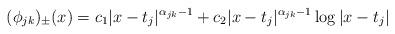
LaTeX: \begin{align*} (\phi_{jk})_\pm(x) = c_1|x-t_j|^{\alpha_{jk}- 1} + c_2|x-t_j|^{\alpha_{jk}- 1}\log|x-t_j|\end{align*}